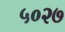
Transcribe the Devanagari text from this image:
५०२७